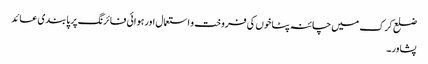
ضلع کرک میں چائنہ پٹاخوں کی فروخت و استعمال اورہوائی فائرنگ پر پابندی عائد
پشاور۔